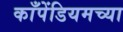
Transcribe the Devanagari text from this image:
काँपेंडियमच्या